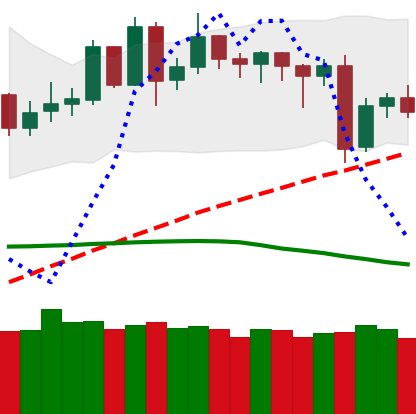
Ticker: DOGE-USD
Chart end date: 2020-06-14
Forward return: -3.027%
Label: down_3_5